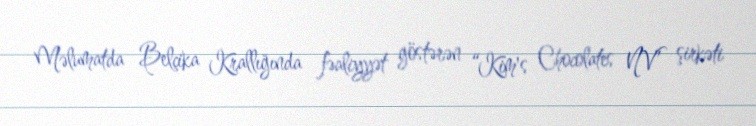
Məlumatda Belçika Krallığında fəaliyyət göstərən “Kim's Chocolates NV” şirkəti